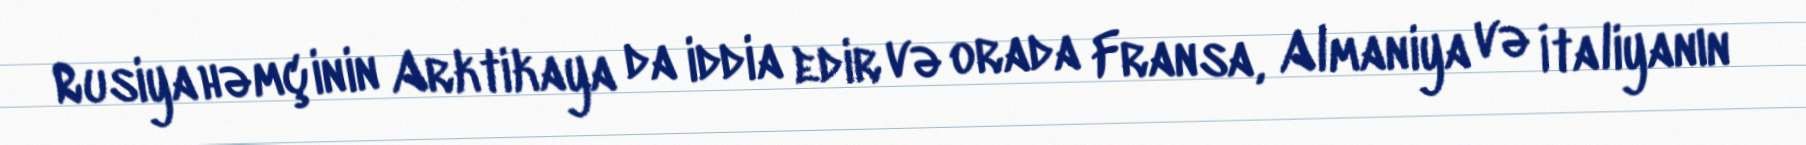
Rusiya həmçinin Arktikaya da iddia edir və orada Fransa, Almaniya və İtaliyanın